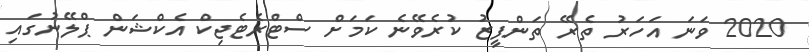
2020 ވަނަ އަހަރު ތެރޭ ތަންފީޒު ކުރެވޭނެ ކަމަށް ސްޓްރެޓެޖިކް އެކްޝަން ޕްލޭނުގައި